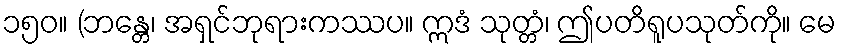
၁၅၀။ (ဘန္တေ၊ အရှင်ဘုရားကဿပ။ ဣဒံ သုတ္တံ၊ ဤပတိရူပသုတ်ကို။ မေ